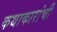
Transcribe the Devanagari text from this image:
कथाकारांची